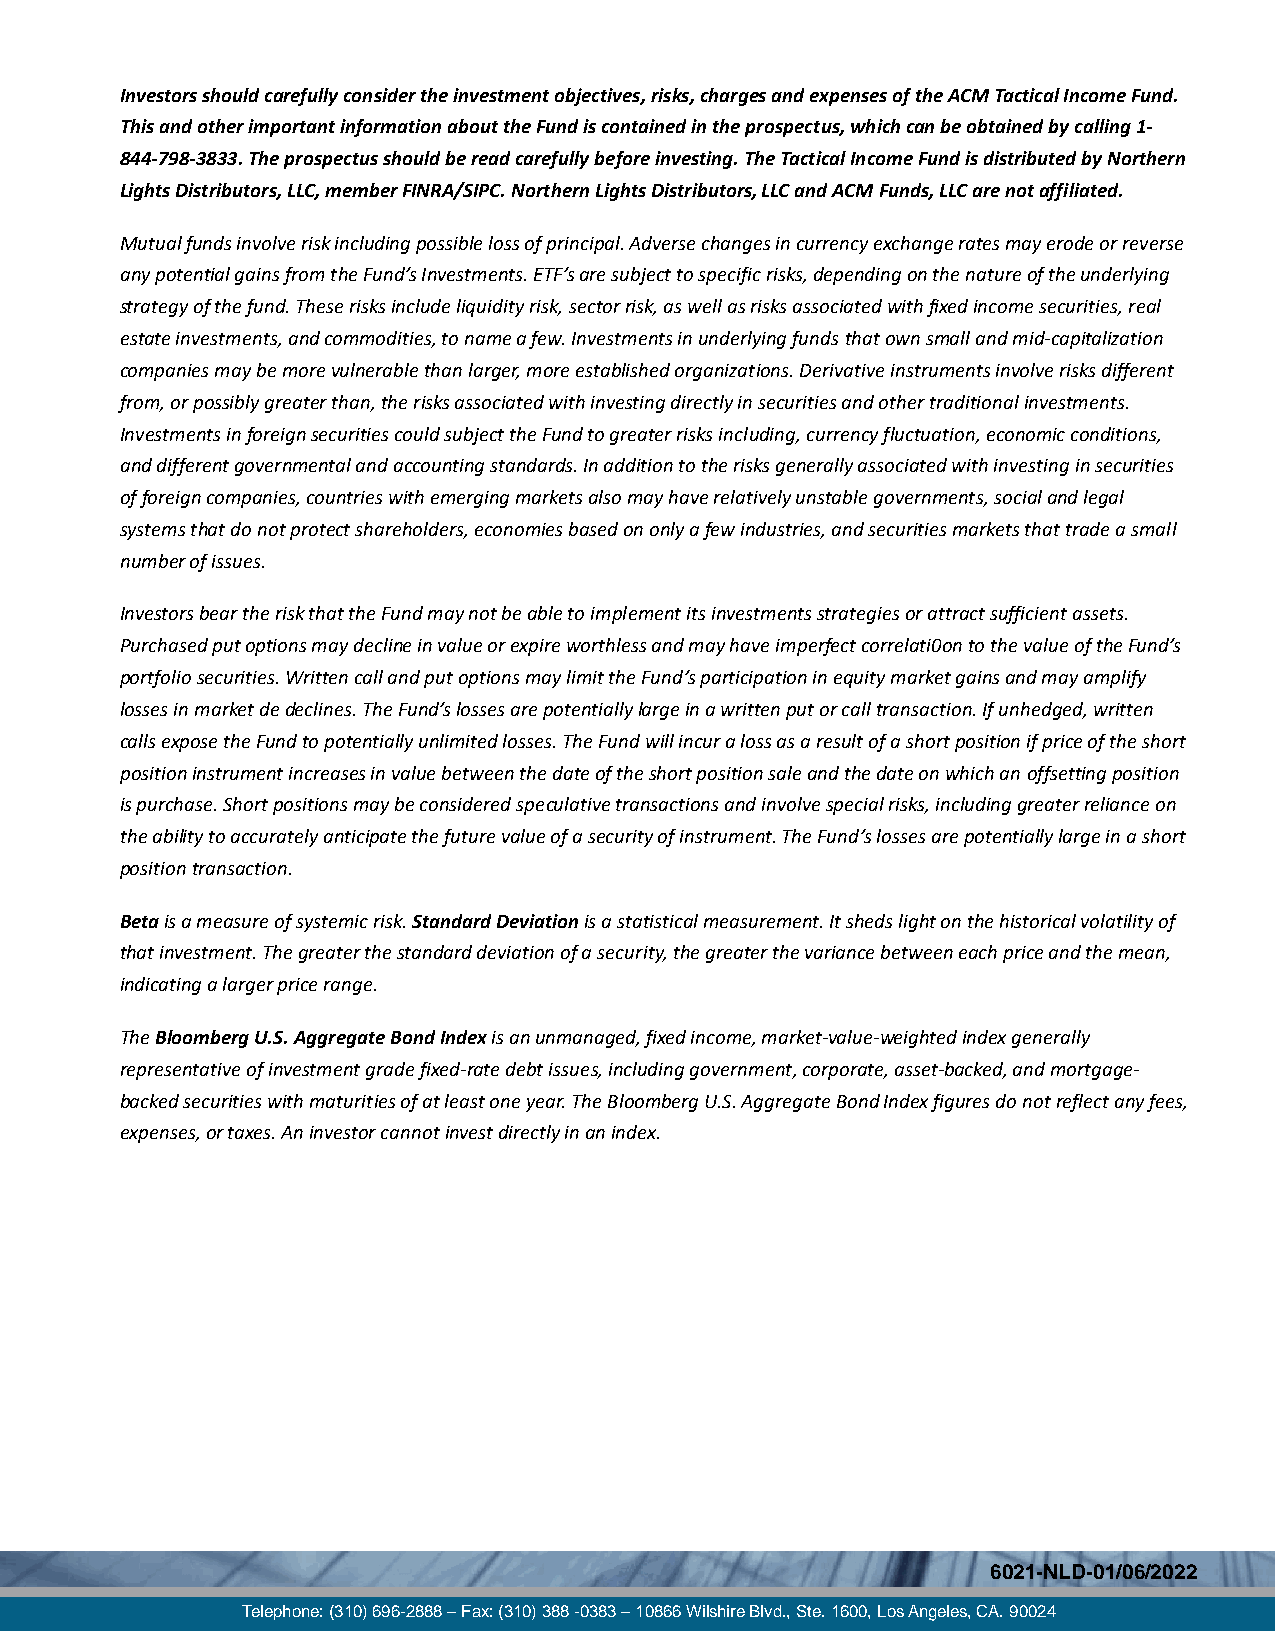
Investors should carefully consider the investment objectives, risks, charges and expenses of the ACM Tactical Income Fund.
 This and other important information about the Fund is contained in the prospectus, which can be obtained by calling 1-
 844-798-3833. The prospectus should be read carefully before investing. The Tactical Income Fund is distributed by Northern
 Lights Distributors, LLC, member FINRA/SIPC. Northern Lights Distributors, LLC and ACM Funds, LLC are not affiliated.
 Mutual funds involve risk including possible loss of principal. Adverse changes in currency exchange rates may erode or reverse
 any potential gains from the Fund’s Investments. ETF’s are subject to specific risks, depending on the nature of the underlying
 strategy of the fund. These risks include liquidity risk, sector risk, as well as risks associated with fixed income securities, real
 estate investments, and commodities, to name a few. Investments in underlying funds that own small and mid-capitalization
 companies may be more vulnerable than larger, more established organizations. Derivative instruments involve risks different
 from, or possibly greater than, the risks associated with investing directly in securities and other traditional investments.
 Investments in foreign securities could subject the Fund to greater risks including, currency fluctuation, economic conditions,
 and different governmental and accounting standards. In addition to the risks generally associated with investing in securities
 of foreign companies, countries with emerging markets also may have relatively unstable governments, social and legal
 systems that do not protect shareholders, economies based on only a few industries, and securities markets that trade a small
 number of issues.
 Investors bear the risk that the Fund may not be able to implement its investments strategies or attract sufficient assets.
 Purchased put options may decline in value or expire worthless and may have imperfect correlati0on to the value of the Fund’s
 portfolio securities. Written call and put options may limit the Fund’s participation in equity market gains and may amplify
 losses in market de declines. The Fund’s losses are potentially large in a written put or call transaction. If unhedged, written
 calls expose the Fund to potentially unlimited losses. The Fund will incur a loss as a result of a short position if price of the short
 position instrument increases in value between the date of the short position sale and the date on which an offsetting position
 is purchase. Short positions may be considered speculative transactions and involve special risks, including greater reliance on
 the ability to accurately anticipate the future value of a security of instrument. The Fund’s losses are potentially large in a short
 position transaction.
 Beta is a measure of systemic risk. Standard Deviation is a statistical measurement. It sheds light on the historical volatility of
 that investment. The greater the standard deviation of a security, the greater the variance between each price and the mean,
 indicating a larger price range.
 The Bloomberg U.S. Aggregate Bond Index is an unmanaged, fixed income, market-value-weighted index generally
 representative of investment grade fixed-rate debt issues, including government, corporate, asset-backed, and mortgage-
 backed securities with maturities of at least one year. The Bloomberg U.S. Aggregate Bond Index figures do not reflect any fees,
 expenses, or taxes. An investor cannot invest directly in an index.
 6021-NLD-01/06/2022
 Telephone: (310) 696-2888 – Fax: (310) 388 -0383 – 10866 Wilshire Blvd., Ste. 1600, Los Angeles, CA. 90024